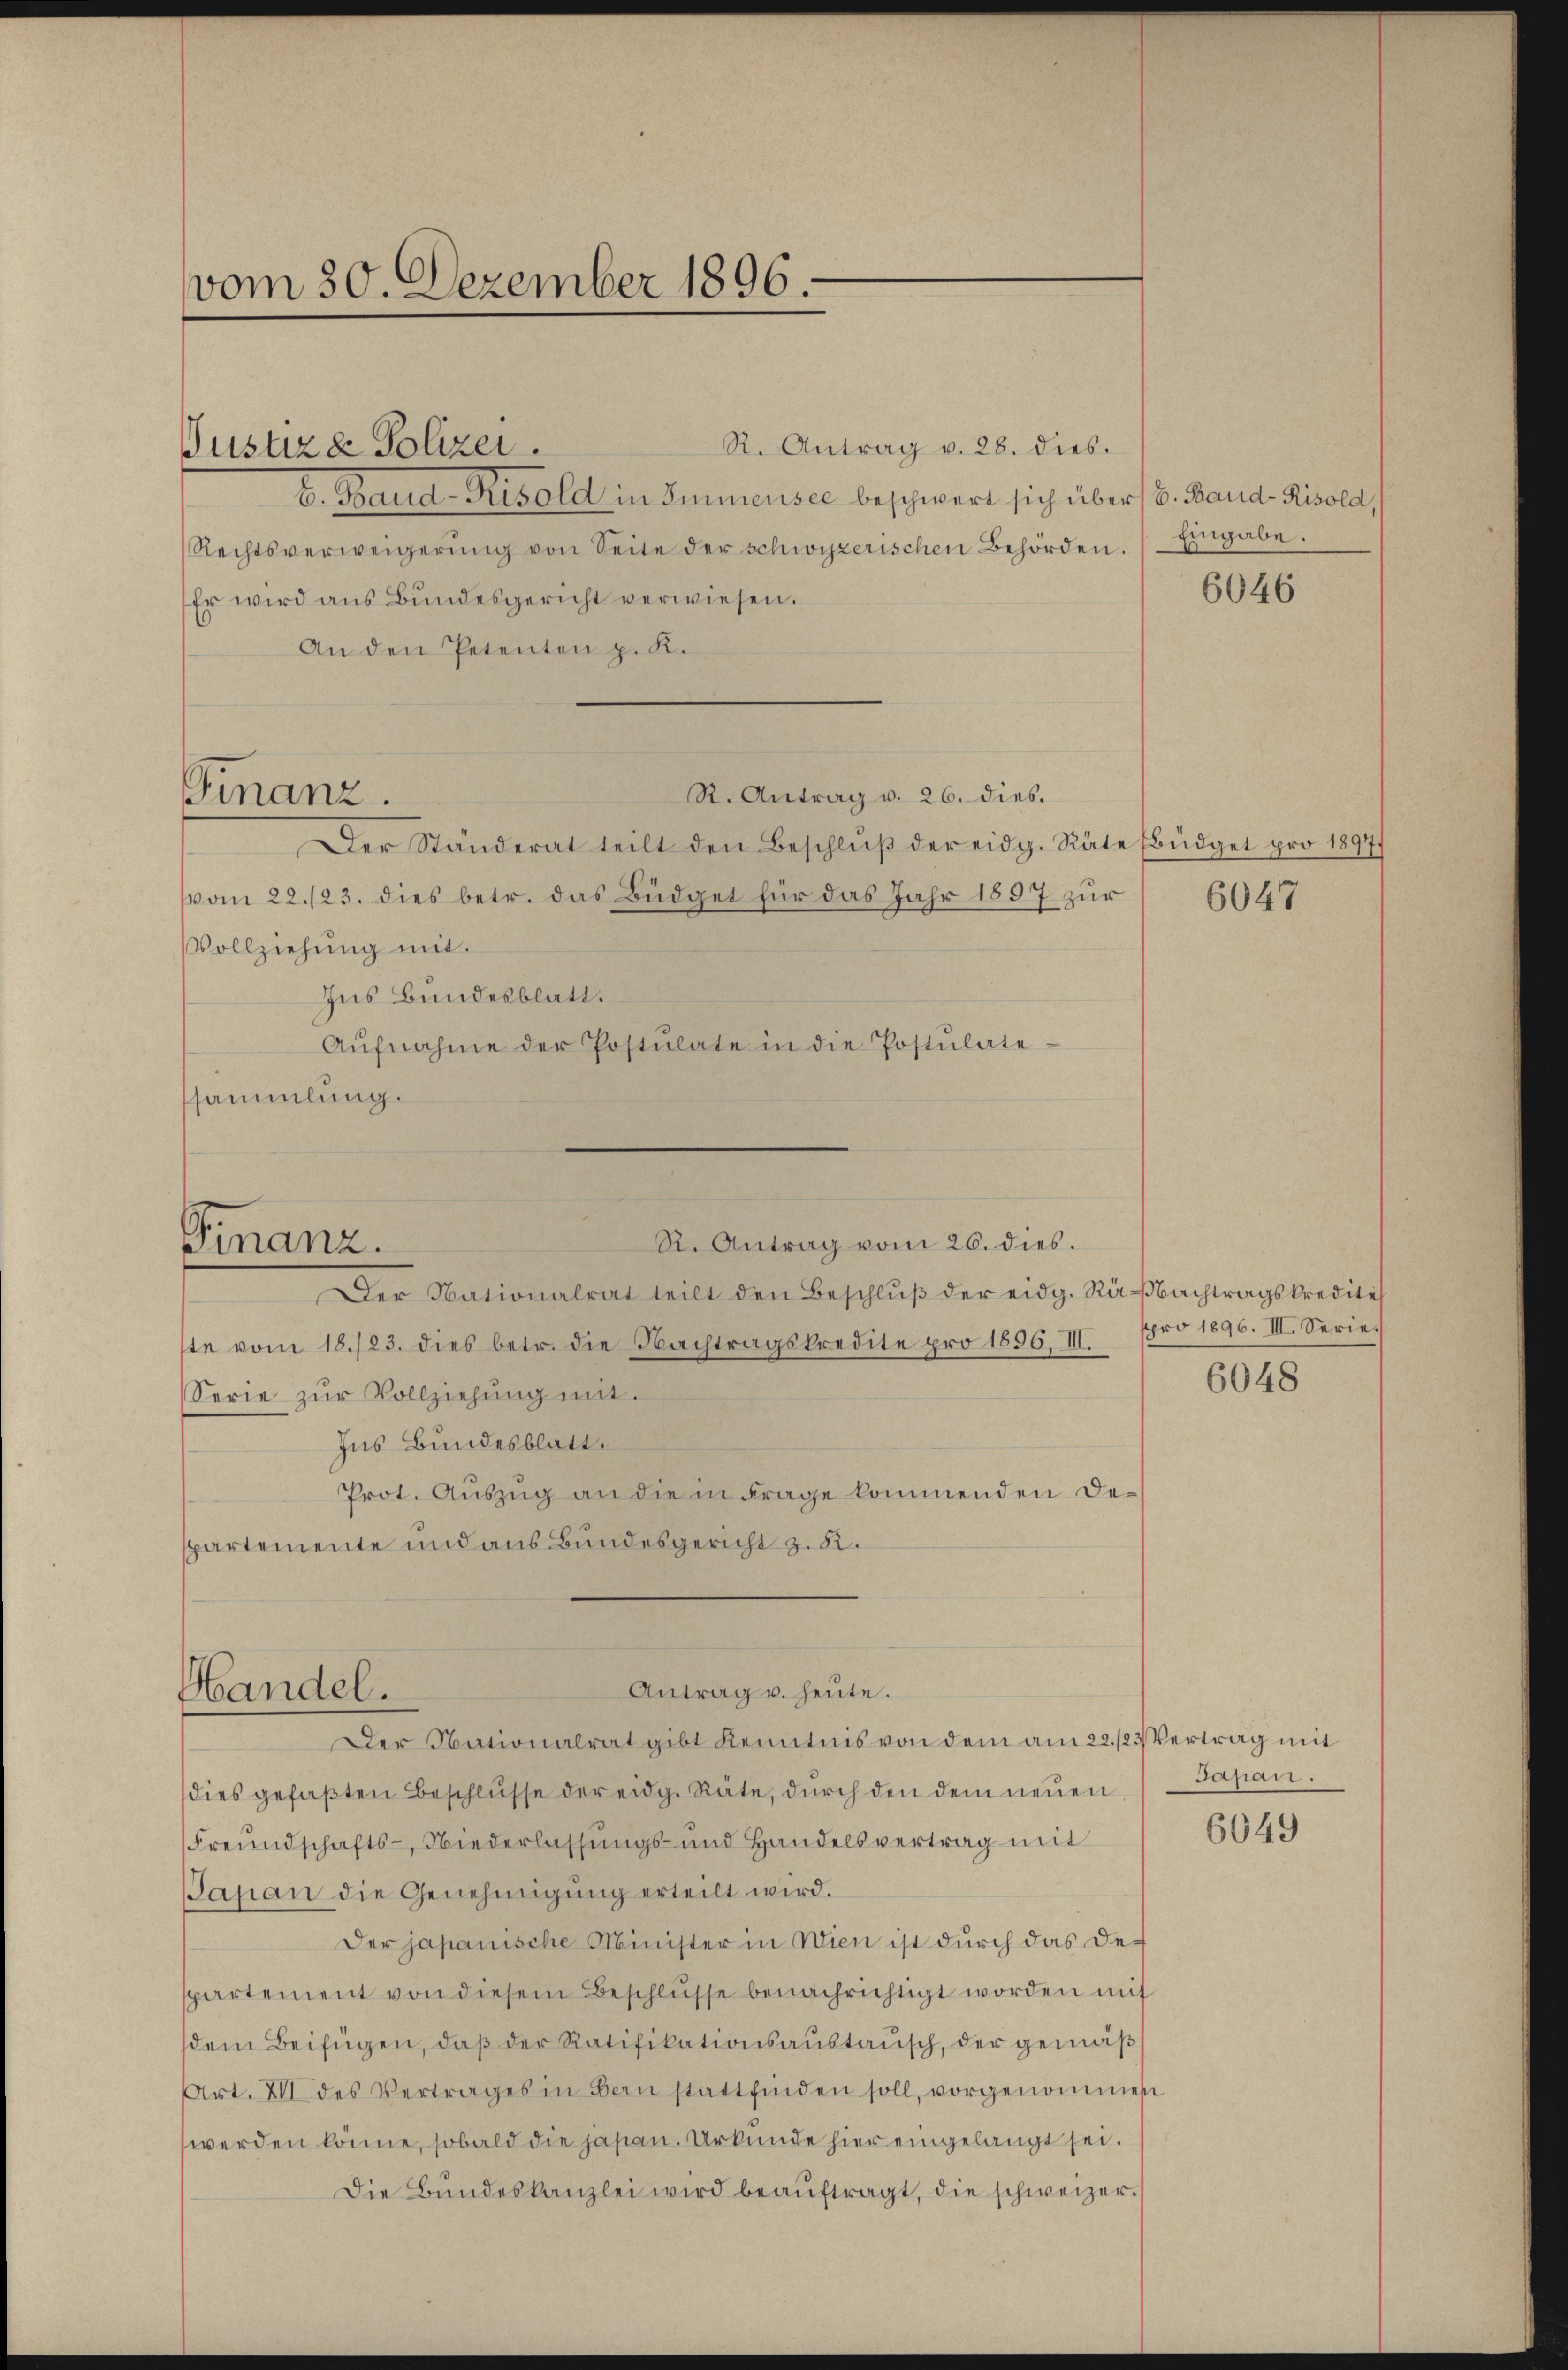
vom 30. Dezember 1896.

b. Band-Risold in Immensee beschwert sich über B. Band-Risold,
Rechtsverweigerŭng von Seite der schwyzerischen Behörden. Eingabe.
Es wird aus Bundesgericht verwiesen.
An den Petenten p. K.
R. Antrag v. 26. dies.
Der Ständerat teilt den Beschlŭβ der eidg. Räte Ebüdget pro 1897/
vom 22./23. dies betr. das Büdget für das Jahr 1897 zŭr 6047
Vollziehung mit.
Ins Bundesblatt.
Aŭfnahme der Postulate in die Postulate-
ssammlung.

Justiza Polizei.

Finanz.

R. Antrag vom 26. dies.
Finanz.
Der Nationalrat teilt den Beschlŭβ der eidg. Rabachtragskredites

ste vom 18./23. dies betr. die Nachtragskredite pro 1896. II.
Serie zŭr Vollziehŭng mit.
Ins Bundesblatt.
Prot. Auszug an die in Frage kommenden Despartemente und aus Bundesgericht z. B.

Antrag u. heute.
Handel.

Der Nationalrat gibt kenntnis von dem am 22./23. Vertrag mit
dies gefaβten Beschlŭsse der eidg. Räte, dŭrch den dem neŭen / Japan.
Freundschafts-, Niederlassungs- und Handelsvertrag mit
Japan die Genehmigŭng erteilt wird.
Der japanische Minister in Wien ist durch das De-
spartement von diesem Beschlüsse benachrichtigt worden mit
dem Beifügen, daß der Ratifikationsaustausch, der gemäß
Art. XII des Vertrages in Bau stattfinden soll, vorgenommen
werden könne, sobald die japan. Urkunde hier eingelangt sei.
Die Bŭndeskanzlei wird beaŭftragt, die schweizer.

R. Antrag v. 28. dies.

6046

spro 1896. III. Serie.

6048

6049